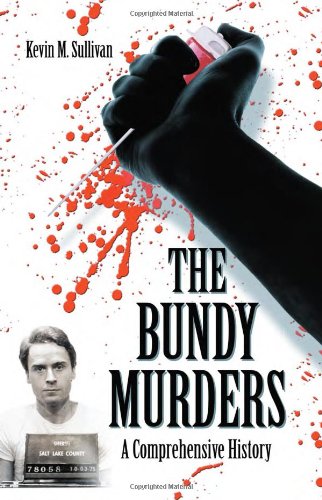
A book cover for The Bundy Murders: A Comprehensive History; Kevin M. Sullivan; Biographies & Memoirs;